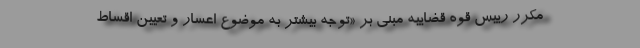
مکرر رییس قوه قضاییه مبنی بر «توجه بیشتر به موضوع اعسار و تعیین اقساط